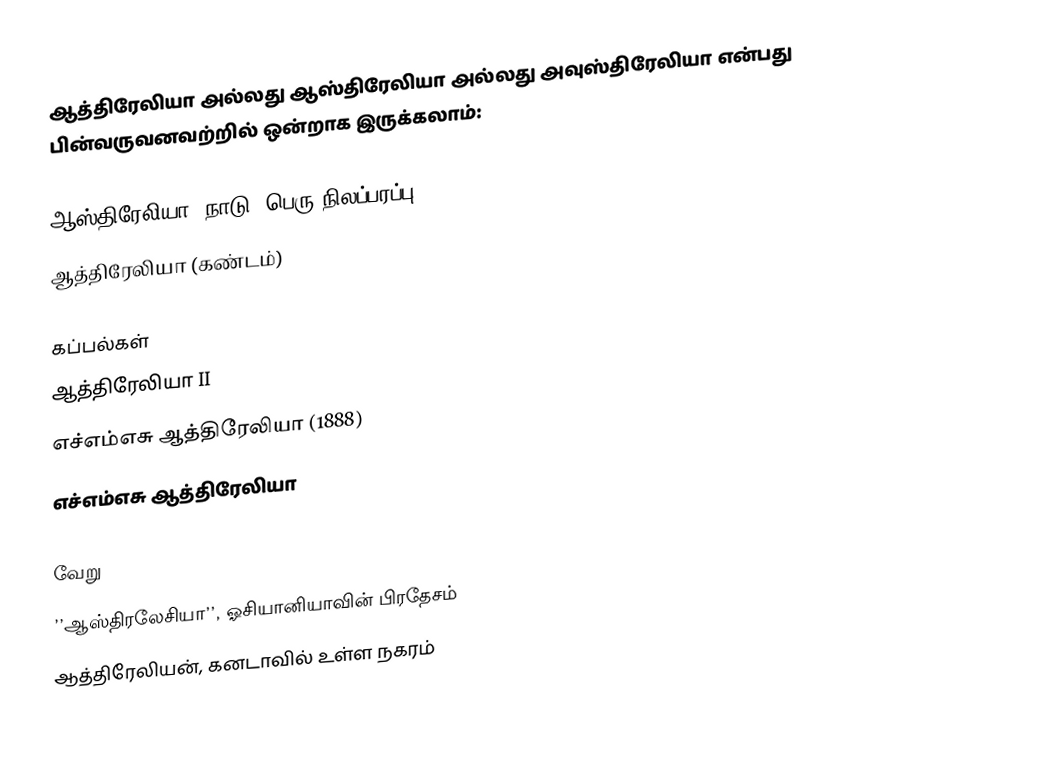
ஆத்திரேலியா அல்லது ஆஸ்திரேலியா அல்லது அவுஸ்திரேலியா என்பது பின்வருவனவற்றில் ஒன்றாக இருக்கலாம்:

 ஆஸ்திரேலியா, நாடு, பெரு நிலப்பரப்பு
 ஆத்திரேலியா (கண்டம்)

கப்பல்கள்
 ஆத்திரேலியா II
 எச்எம்எசு ஆத்திரேலியா (1888)
 எச்எம்எசு ஆத்திரேலியா

வேறு
 ’’ஆஸ்திரலேசியா’’, ஓசியானியாவின் பிரதேசம்
 ஆத்திரேலியன், கனடாவில் உள்ள நகரம்